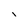
Character: 1